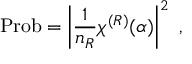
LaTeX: \mathrm { P r o b } = \left| { \frac { 1 } { n _ { R } } } \chi ^ { ( R ) } ( \alpha ) \right| ^ { 2 } ~ ,